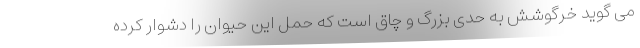
می گوید خرگوشش به حدی بزرگ و چاق است که حمل این حیوان را دشوار کرده